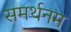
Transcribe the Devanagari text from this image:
समर्थनम